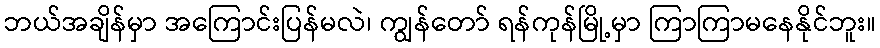
ဘယ်အချိန်မှာ အကြောင်းပြန်မလဲ၊ ကျွန်တော် ရန်ကုန်မြို့မှာ ကြာကြာမနေနိုင်ဘူး။